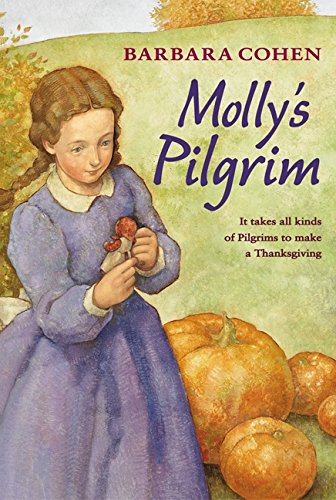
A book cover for Molly's Pilgrim; Barbara Cohen; Children's Books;